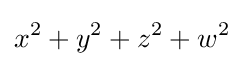
x^{2}+y^{2}+z^{2}+w^{2}